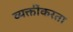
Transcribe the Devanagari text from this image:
व्यक्तींकरता